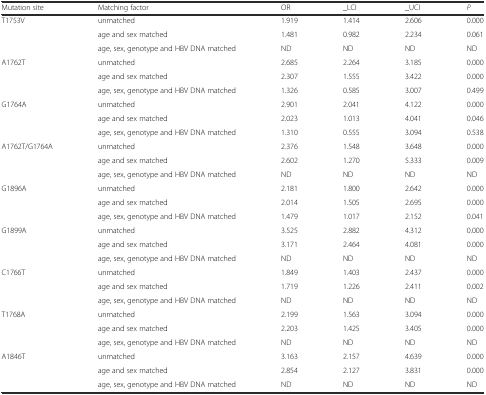
<table><thead><tr><td><b>Mutation site</b></td><td><b>Matching factor</b></td><td><b>OR</b></td><td><b>_LCI</b></td><td><b>_UCI</b></td><td><b><i>P</i></b></td></tr></thead><tbody><tr><td rowspan="3">T1753V</td><td>unmatched</td><td>1.919</td><td>1.414</td><td>2.606</td><td>0.000</td></tr><tr><td>age and sex matched</td><td>1.481</td><td>0.982</td><td>2.234</td><td>0.061</td></tr><tr><td>age, sex, genotype and HBV DNA matched</td><td>ND</td><td>ND</td><td>ND</td><td>ND</td></tr><tr><td rowspan="3">A1762T</td><td>unmatched</td><td>2.685</td><td>2.264</td><td>3.185</td><td>0.000</td></tr><tr><td>age and sex matched</td><td>2.307</td><td>1.555</td><td>3.422</td><td>0.000</td></tr><tr><td>age, sex, genotype and HBV DNA matched</td><td>1.326</td><td>0.585</td><td>3.007</td><td>0.499</td></tr><tr><td rowspan="3">G1764A</td><td>unmatched</td><td>2.901</td><td>2.041</td><td>4.122</td><td>0.000</td></tr><tr><td>age and sex matched</td><td>2.023</td><td>1.013</td><td>4.041</td><td>0.046</td></tr><tr><td>age, sex, genotype and HBV DNA matched</td><td>1.310</td><td>0.555</td><td>3.094</td><td>0.538</td></tr><tr><td rowspan="3">A1762T/G1764A</td><td>unmatched</td><td>2.376</td><td>1.548</td><td>3.648</td><td>0.000</td></tr><tr><td>age and sex matched</td><td>2.602</td><td>1.270</td><td>5.333</td><td>0.009</td></tr><tr><td>age, sex, genotype and HBV DNA matched</td><td>ND</td><td>ND</td><td>ND</td><td>ND</td></tr><tr><td rowspan="3">G1896A</td><td>unmatched</td><td>2.181</td><td>1.800</td><td>2.642</td><td>0.000</td></tr><tr><td>age and sex matched</td><td>2.014</td><td>1.505</td><td>2.695</td><td>0.000</td></tr><tr><td>age, sex, genotype and HBV DNA matched</td><td>1.479</td><td>1.017</td><td>2.152</td><td>0.041</td></tr><tr><td rowspan="3">G1899A</td><td>unmatched</td><td>3.525</td><td>2.882</td><td>4.312</td><td>0.000</td></tr><tr><td>age and sex matched</td><td>3.171</td><td>2.464</td><td>4.081</td><td>0.000</td></tr><tr><td>age, sex, genotype and HBV DNA matched</td><td>ND</td><td>ND</td><td>ND</td><td>ND</td></tr><tr><td rowspan="3">C1766T</td><td>unmatched</td><td>1.849</td><td>1.403</td><td>2.437</td><td>0.000</td></tr><tr><td>age and sex matched</td><td>1.719</td><td>1.226</td><td>2.411</td><td>0.002</td></tr><tr><td>age, sex, genotype and HBV DNA matched</td><td>ND</td><td>ND</td><td>ND</td><td>ND</td></tr><tr><td rowspan="3">T1768A</td><td>unmatched</td><td>2.199</td><td>1.563</td><td>3.094</td><td>0.000</td></tr><tr><td>age and sex matched</td><td>2.203</td><td>1.425</td><td>3.405</td><td>0.000</td></tr><tr><td>age, sex, genotype and HBV DNA matched</td><td>ND</td><td>ND</td><td>ND</td><td>ND</td></tr><tr><td rowspan="3">A1846T</td><td>unmatched</td><td>3.163</td><td>2.157</td><td>4.639</td><td>0.000</td></tr><tr><td>age and sex matched</td><td>2.854</td><td>2.127</td><td>3.831</td><td>0.000</td></tr><tr><td>age, sex, genotype and HBV DNA matched</td><td>ND</td><td>ND</td><td>ND</td><td>ND</td></tr></tbody></table>